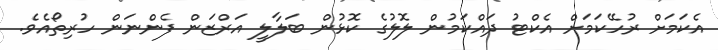
އެކަމަށް ރުހޭކަމަށް އެކްޓު ދައްކަމުން ލޮލުގެ ކޮޅުން ބަލާލީ އަރްޒަން ފެންނަން ހުރިތޯއެވެ.